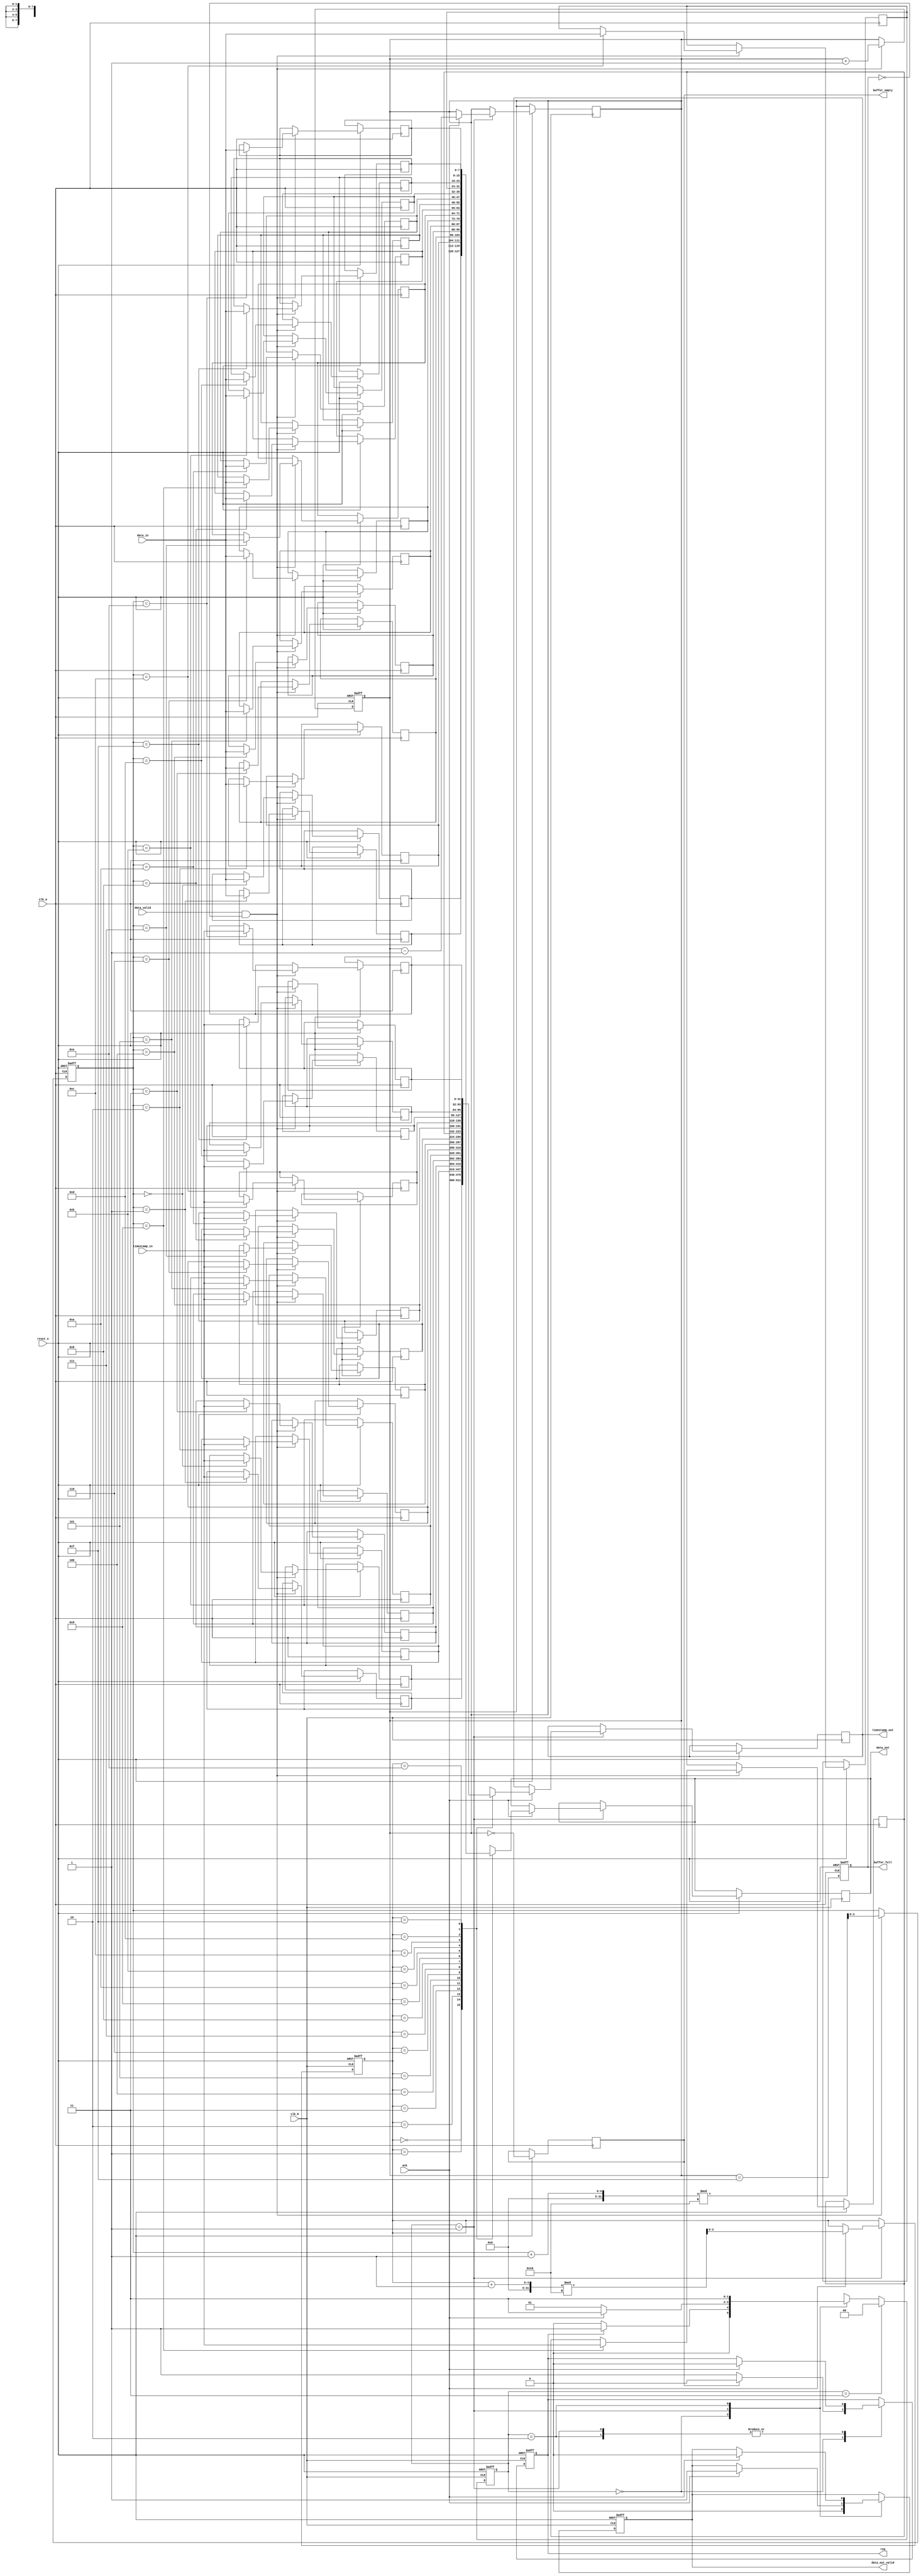
module TimeStampedSynchronizer #(
    parameter DATA_WIDTH = 8,
    parameter TIMESTAMP_WIDTH = 32,
    parameter BUFFER_DEPTH = 16
)(
    input wire clk_a,                     // Clock Domain A
    input wire clk_b,                     // Clock Domain B
    input wire reset_n,                   // Asynchronous reset (active low)
    
    // Inputs from Clock Domain A
    input wire [DATA_WIDTH-1:0] data_in, // Data input
    input wire [TIMESTAMP_WIDTH-1:0] timestamp_in, // Timestamp input
    input wire data_valid,                // Data valid signal from Clock Domain A
    
    // Outputs to Clock Domain B
    output reg [DATA_WIDTH-1:0] data_out, // Synchronized Data output
    output reg [TIMESTAMP_WIDTH-1:0] timestamp_out, // Synchronized Timestamp output
    output reg data_out_valid,            // Data valid signal for Clock Domain B
    
    // Handshaking signals
    output reg req,                       // Request signal to Clock Domain B
    input wire ack,                       // Acknowledge signal from Clock Domain B
    
    // Buffer status signals
    output reg buffer_full,               // Buffer full flag
    output reg buffer_empty                // Buffer empty flag
);

// Internal signals
reg [DATA_WIDTH-1:0] buffer_data [0:BUFFER_DEPTH-1];
reg [TIMESTAMP_WIDTH-1:0] buffer_timestamp [0:BUFFER_DEPTH-1];
reg [3:0] write_ptr, read_ptr, count;
reg [1:0] state, next_state;

// State definitions
localparam IDLE = 2'b00,
           WAIT_FOR_DATA = 2'b01,
           DATA_TRANSFER = 2'b10,
           DATA_ACK = 2'b11;

// Asynchronous reset
always @(posedge clk_a or negedge reset_n) begin
    if (!reset_n) begin
        write_ptr <= 0;
        count <= 0;
        buffer_full <= 0;
    end else begin
        if (data_valid && !buffer_full) begin
            buffer_data[write_ptr] <= data_in;
            buffer_timestamp[write_ptr] <= timestamp_in;
            write_ptr <= (write_ptr + 1) % BUFFER_DEPTH;
            count <= count + 1;
        end
        buffer_full <= (count == BUFFER_DEPTH - 1);
        buffer_empty <= (count == 0);
    end
end

// State machine for data transfer
always @(posedge clk_b or negedge reset_n) begin
    if (!reset_n) begin
        state <= IDLE;
        data_out_valid <= 0;
        req <= 0;
        read_ptr <= 0;
    end else begin
        state <= next_state;
        case (state)
            IDLE: begin
                data_out_valid <= 0;
                req <= 0;
                if (!buffer_empty) begin
                    req <= 1; // Request data transfer
                end
            end
            
            WAIT_FOR_DATA: begin
                if (ack) begin
                    req <= 0; // Clear request
                    data_out <= buffer_data[read_ptr];
                    timestamp_out <= buffer_timestamp[read_ptr];
                    data_out_valid <= 1;
                    read_ptr <= (read_ptr + 1) % BUFFER_DEPTH;
                    count <= count - 1;
                end
            end
            
            DATA_TRANSFER: begin
                // Data is transferred, wait for acknowledgment
                if (ack) begin
                    data_out_valid <= 0; // Clear data valid signal
                    req <= 0; // Clear request
                end
            end
            
            DATA_ACK: begin
                // Acknowledge received, return to IDLE
                state <= IDLE;
            end
        endcase
    end
end

// Next state logic
always @(*) begin
    case (state)
        IDLE: begin
            if (req) begin
                next_state = WAIT_FOR_DATA;
            end else begin
                next_state = IDLE;
            end
        end
        
        WAIT_FOR_DATA: begin
            if (ack) begin
                next_state = DATA_ACK;
            end else begin
                next_state = WAIT_FOR_DATA;
            end
        end
        
        DATA_TRANSFER: begin
            next_state = DATA_ACK;
        end
        
        DATA_ACK: begin
            next_state = IDLE;
        end
        
        default: next_state = IDLE;
    endcase
end

endmodule